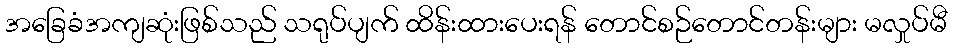
အခြေခံအကျဆုံးဖြစ်သည် သရုပ်ပျက် ထိန်းထားပေးရန် တောင်စဉ်တောင်တန်းများ မလှုပ်မီ